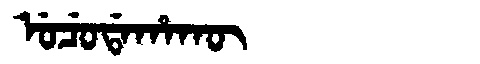
Manchu: ᡠᠴᡠᡩᠠᡥᠠᡴᡡ
Romanization: UCUDAHAKŪ